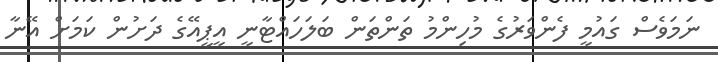
ނަމަވެސް ގައުމީ ފެންވަރުގެ މުހިންމު ތަންތަން ބަލަހައްޓާނީ އީޕީއޭގެ ދަށުން ކަމަށް އޭނާ